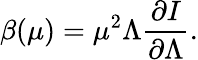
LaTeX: \beta(\mu)=\mu^{2}\Lambda\frac{\partial I}{\partial\Lambda}.